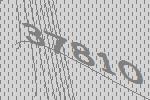
37810